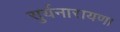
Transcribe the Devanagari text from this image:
सुर्यनारायणा